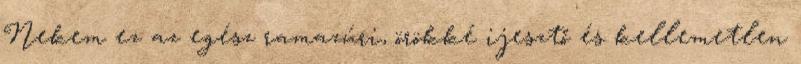
Nekem ez az egész ramazúri, örökké ijesztő és kellemetlen